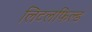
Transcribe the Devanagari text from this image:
लिटलफिल्ड